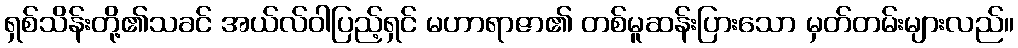
ရှစ်သိန်းတို့၏သခင် အယ်လ်ဝါပြည့်ရှင် မဟာရာဇာ၏ တစ်မူဆန်းပြားသော မှတ်တမ်းများလည်။